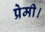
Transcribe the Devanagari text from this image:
प्रेमी।